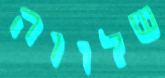
שלווה